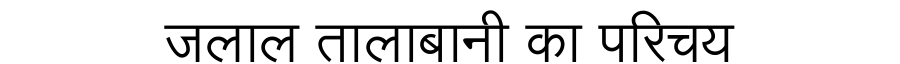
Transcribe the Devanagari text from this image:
जलाल तालाबानी का परिचय